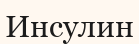
Инсулин